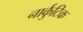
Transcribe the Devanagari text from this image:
नार्कुटिक